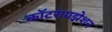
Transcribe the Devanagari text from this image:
कॉटरायझेशन